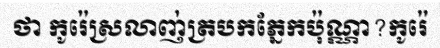
ថា កូរ៉េស្រលាញ់ត្របកភ្នែកប៉ុណ្ណា?កូរ៉េ